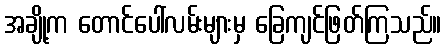
အချို့က တောင်ပေါ်လမ်းများမှ ခြေကျင်ဖြတ်ကြသည်။